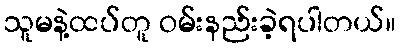
သူမနဲ့ထပ်တူ ဝမ်းနည်းခဲ့ရပါတယ်။